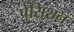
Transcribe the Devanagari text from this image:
प्रेसिशन